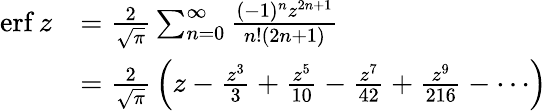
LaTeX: {\begin{array}{rl}{\operatorname{erf}z}&{={\frac{2}{\sqrt{\pi}}}\sum_{n=0}^{\infty}{\frac{(-1)^{n}z^{2n+1}}{n!(2n+1)}}}\\ &{={\frac{2}{\sqrt{\pi}}}\left(z-{\frac{z^{3}}{3}}+{\frac{z^{5}}{10}}-{\frac{z^{7}}{42}}+{\frac{z^{9}}{216}}-\cdots\right)}\end{array}}